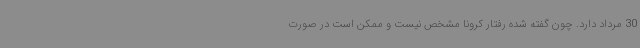
30 مرداد دارد. چون گفته شده رفتار کرونا مشخص نیست و ممکن است در صورت